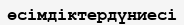
өсімдіктердүниесі